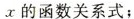
x的函数关系式；